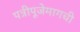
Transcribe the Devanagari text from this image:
पत्रीपूजेमागची